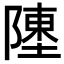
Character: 𬯔